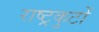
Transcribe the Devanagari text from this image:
राष्‍ट्रकुटों